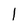
Character: 1